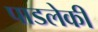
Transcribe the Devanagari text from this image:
पाडलेकी